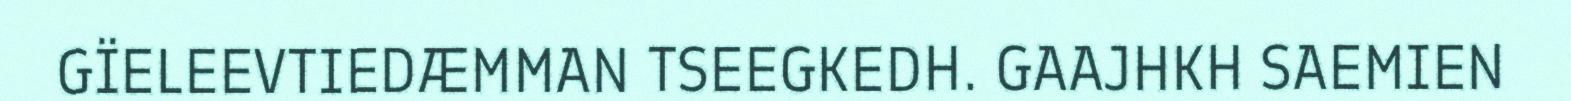
GÏELEEVTIEDÆMMAN TSEEGKEDH. GAAJHKH SAEMIEN